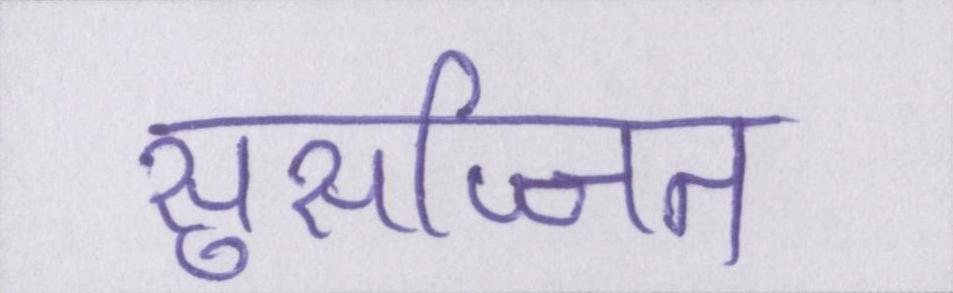
सुसज्जित